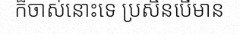
ក៏ចាស់នោះទេ ប្រសិនបើមាន